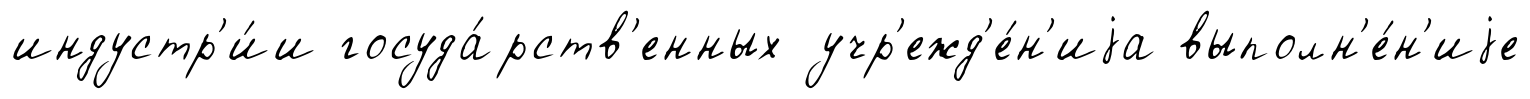
индустр'и́и госуда́рств'енных учр'ежд'е́н'иjа выполн'е́н'иjе